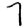
Digit: 7